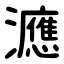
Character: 㶐